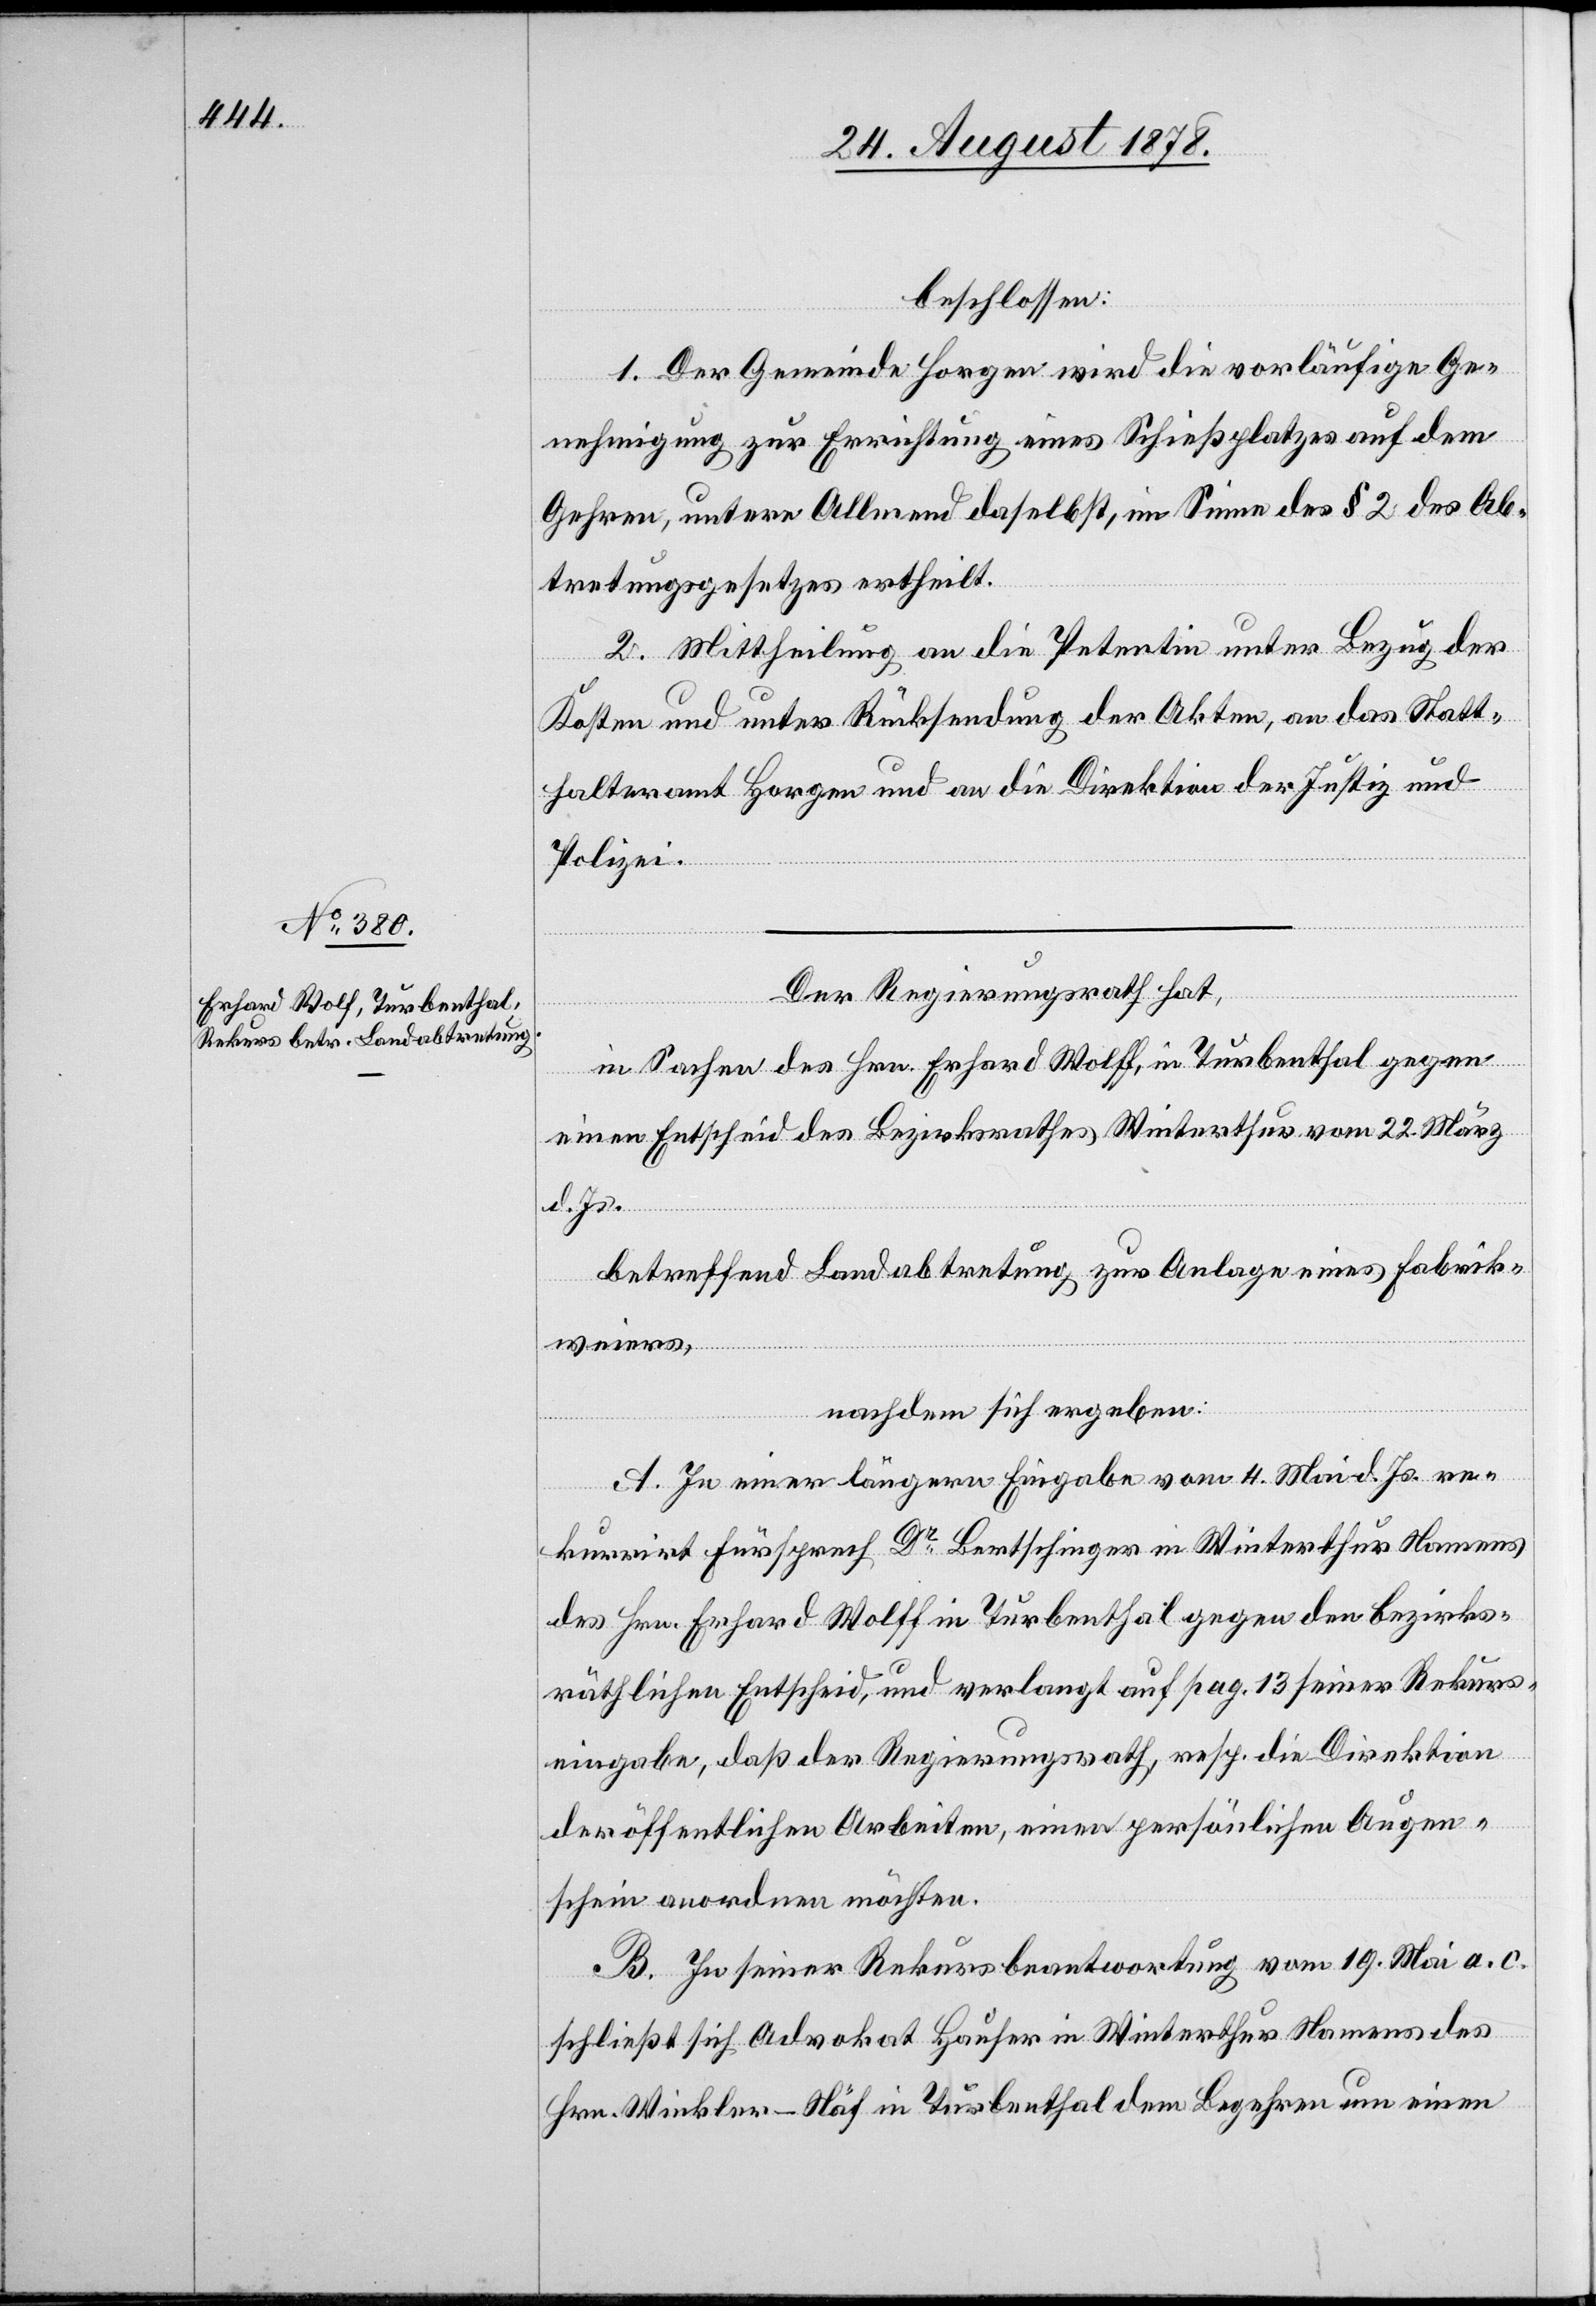
beschlossen:
1. Der Gemeinde Horgen wird die vorläufige Ge¬
nehmigung zur Errichtung eines Schießplatzes auf dem
Gehren, untere Allmend daselbst, im Sinne des § 2 des Ab¬
tretungsgesetzes ertheilt.
2. Mittheilung an die Petentin unter Bezug der
Kosten und unter Rücksendung der Akten, an das Statt¬
halteramt Horgen und an die Direktion der Justiz und
Polizei.
Der Regierungsrath hat,
in Sachen des Hrn. Erhard Wolff [sic!], in Turbenthal gegen
einen Entscheid des Bezirksrathes Winterthur vom 22. März
d. Js.
betreffend Landabtretung zur Anlage eines Fabrik¬
weiers,
nachdem sich ergeben:
A. In einer längern Eingabe vom 4. Mai d. Js. re¬
kurrirt Fürsprech Dr Bertschinger in Winterthur Namens
des Hrn. Erhard Wolff in Turbenthal gegen den bezirks¬
räthlichen Entscheid, und verlangt auf pag. 13 seiner Rekurs¬
eingabe, daß der Regierungsrath, resp. die Direktion
der öffentlichen Arbeiten, einen persönlichen Augen¬
schein anordnen möchten.
B. In seiner Rekursbeantwortung vom 19. Mai a. c.
schließt sich Advokat Hauser in Winterthur Namens des
Hrn. Winkler-Näf in Turbenthal dem Begehren um einen